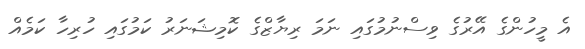
އެ މީހުންގެ އޭރުގެ ވިސްނުމުގައި ނަމަ ރިޔާޒްގެ ކޮމިޝަނަރު ކަމުގައި ހުރިހާ ކަމެއް